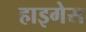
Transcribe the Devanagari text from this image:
हाइगेस